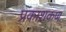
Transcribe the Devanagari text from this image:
प्रकाशकण